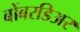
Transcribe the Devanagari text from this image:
बोंबरडिअर